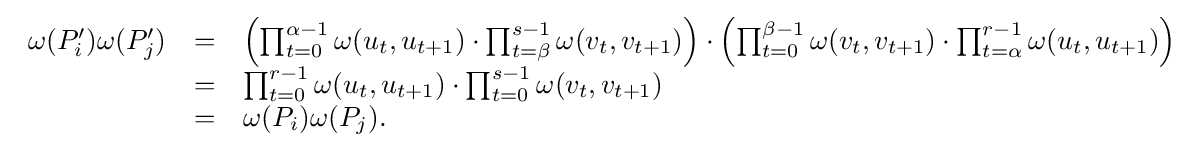
{\begin{array}{rcl}\omega (P'_{i})\omega (P'_{j})&=&\left(\prod _{t=0}^{\alpha -1}\omega (u_{t},u_{t+1})\cdot \prod _{t=\beta }^{s-1}\omega (v_{t},v_{t+1})\right)\cdot \left(\prod _{t=0}^{\beta -1}\omega (v_{t},v_{t+1})\cdot \prod _{t=\alpha }^{r-1}\omega (u_{t},u_{t+1})\right)\\&=&\prod _{t=0}^{r-1}\omega (u_{t},u_{t+1})\cdot \prod _{t=0}^{s-1}\omega (v_{t},v_{t+1})\\&=&\omega (P_{i})\omega (P_{j}).\\\end{array}}